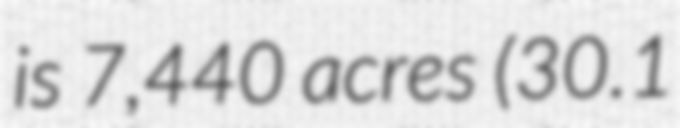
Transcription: is 7,440 acres (30.1